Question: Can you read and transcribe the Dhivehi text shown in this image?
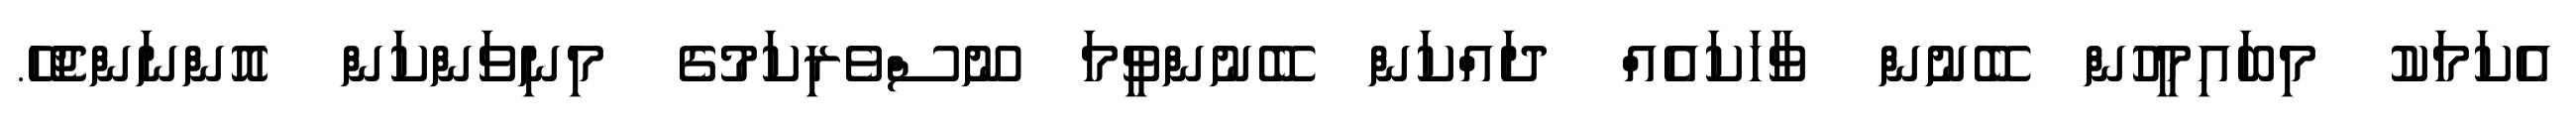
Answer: އެކަމަކު މިބައިމީހުން ބޭނުން ވާހަކައެއް ދައްކަން ބޭނުންވީމަ ނޫސްވެރިކަމުގެ މިނިވަންކަން އޮންނަންޖެހޭ.